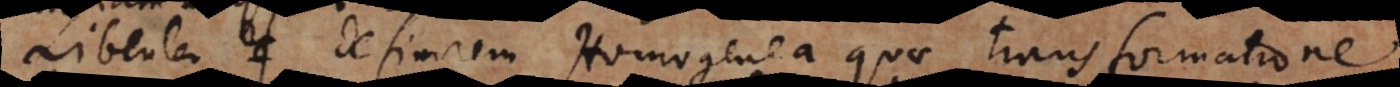
Libenter definirem Homogenea quae transformatione